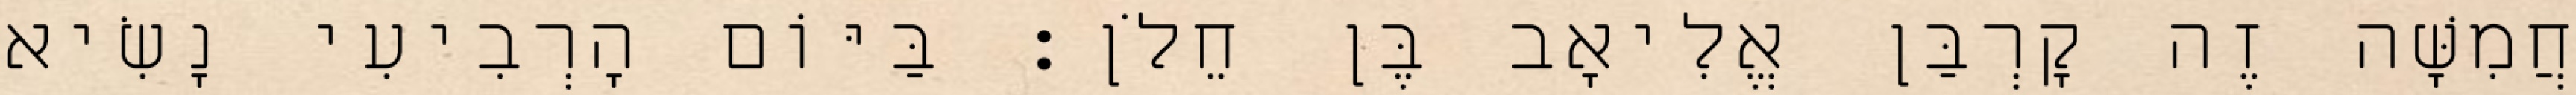
חֲמִשָּׁה זֶה קָרְבַּן אֱלִיאָב בֶּן חֵלֹן׃ בַּיּוֹם הָרְבִיעִי נָשִׂיא